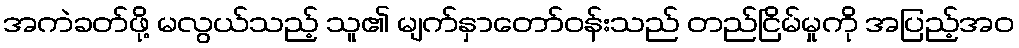
အကဲခတ်ဖို့ မလွယ်သည့် သူ၏ မျက်နှာတော်ဝန်းသည် တည်ငြိမ်မှုကို အပြည့်အဝ